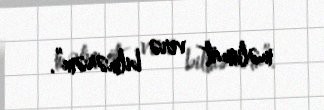
məlumat verə bilmərəm”.